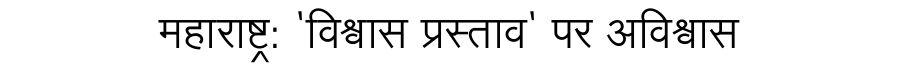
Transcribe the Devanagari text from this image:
महाराष्ट्र: 'विश्वास प्रस्ताव' पर अविश्वास